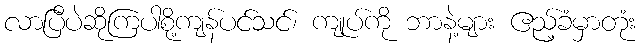
လာပြီပဲဆိုကြပါစို့ကျန်ပင်သင်၊ ကျုပ်ကို ဘာနဲ့များ ဧည့်ခံမှာတုံး